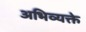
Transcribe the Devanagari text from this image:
अभिव्यक्ते